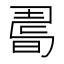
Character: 𢐉